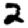
Digit: 2